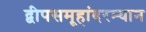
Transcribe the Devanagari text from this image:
द्वीपसमूहांदरम्यान